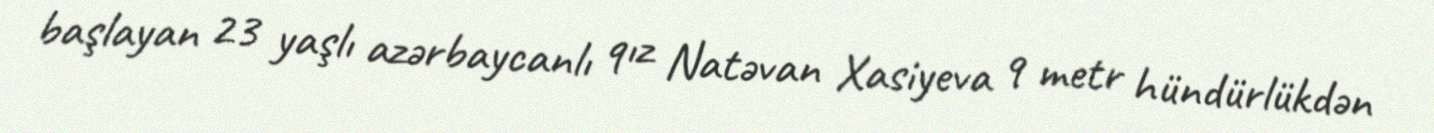
başlayan 23 yaşlı azərbaycanlı qız Natəvan Xasiyeva 9 metr hündürlükdən